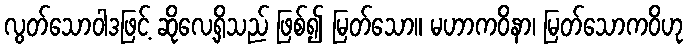
လွတ်သောဝါဒဖြင့် ဆိုလေ့ရှိသည် ဖြစ်၍ မြတ်သော။ မဟာကဝိနာ၊ မြတ်သောကဝိဟု